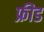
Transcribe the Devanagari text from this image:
फ्रीड